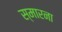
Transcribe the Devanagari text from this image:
स्मारना